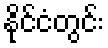
နိုင်ငံတွင်း